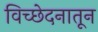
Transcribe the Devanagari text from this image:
विच्छेदनातून